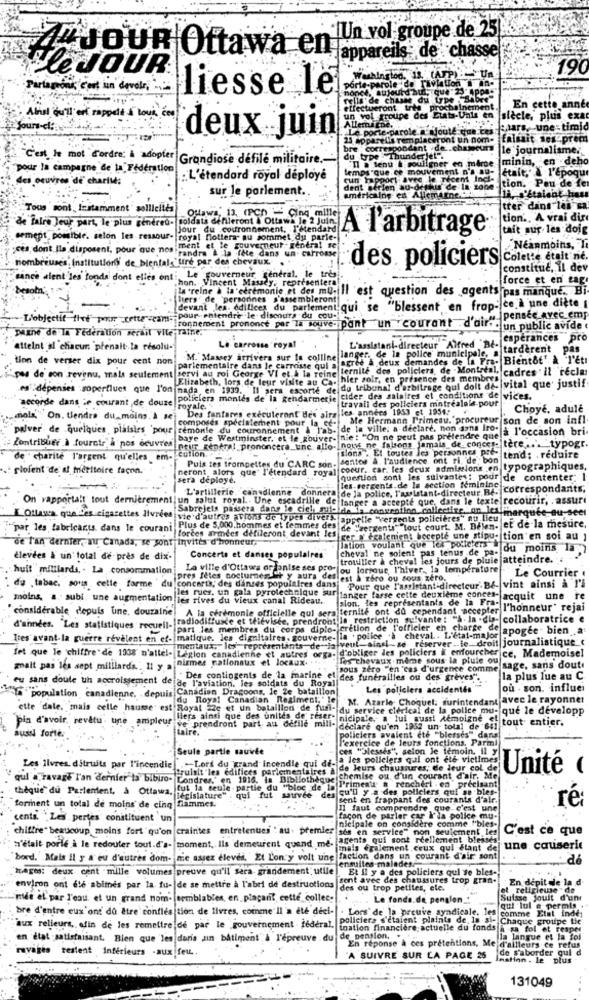
IUn vol groupe de 25
appareils: de chasse
"JOUR Oftawa en
Le JJOUR®
190
Washington. 13. (AFP) Un
Partageons C'est un devoir,
liesse le
net, aujourd'hui, que 23 4pon-
rella de chasse du LDe : Baby
ment
En cette anne
Ahol qu'il and rappelt is tous ces
un vol groupe des Eu
trectueront wer washin en siècle, plus exa
Jours-ci: .....
Allema che.
Le porte-parole. ajouté que ces
paars, une - timid
deux juin
23 apparelin remplaceront un nom-
falsait ser prec
bre correspondant de. chasseurs
le journalisme.
"C'est le mot d'ordre: à adopter Grandiose defile militaire.
du type "Thunderjet".
ouilgner en mårde
minin, en deho
pour la campagne de la Fédération
emps "que ce mouvement n'a au-
était," à l'époque
des oeuvres de charité:
: L'étendard royal déployé
cun rapport avec le rece
icent Incl-
tion. Peu de fe
sur le parlement ..
américaine en Allemagne ...
dent sérien au-dethis de la zone-
18.s'étaient hass
Tous sont , Instamment sollicités
Ottawa, 13. (PCn - Cinq mille
tter dans les sa
de faire leur part, le plus généreo- soldats défileront Ottawa le 2 Juin.
tion', A vrai dir
Jour du couronnement. I'Mendard
A l'arbitrage
tait sur les doig
semept possible. selon les ressour-
royal flottera- au sommet du parle-
;ces, dont Ils disposent, pour que nos ment et le gouverneur; rendra!
Néanmoins, Y
nombreuses, institutfory de bienfals"tire par des chevaux.
Fandra & la fete dans un. Carro
des policiers colette était ne
constitue, il dev
since alent les fonds dont elles ont: Le gouverneur general, le tre
hon. Vincent Massey. representera
force et en tag
besomni
In 'reine à la cérémonie et des mu- 1l
'est question des agents pas manque. Bi
Biers' de 'personnes s'assembleront
devant les. edilices du parlement qui se "blessent en frop- ce à une diète
L'objectif thet" por -rette ram- pour entendre"le discours du cou-
tonnement prononce per la souve- pant un courant d'ai s- Pensec avec em
paxne de In Federation serail vile raine."
iroc un public avide
L'assistant-directeur Alfred "DA. caperances pro
"atteint'sl 'chacun prenait la resolu-
Le carrosse royal
tardèrent
Pas
tion de verser dix pour cent non
.M. Massey arrivera sur le colline
agree à deux demandes de la Fra- Bientôt' à l'Eti
langer. de la police municipale, a
parlementaire dans le carrosse qui a
ternité des, policiers, de Montreal, cadres " il tecla:
yes de son revenu, mais seulement servi au roi George VI et à la reine
Elizabeth, lors de leur visite au Ca
hier soir, en présence des members
es :dépenses soperfives que l'on
nada en 1939. Il sera escorte del
du tribunal d'arbitrage qui doit de- vital que' justif
policiers montes de la gendarmerie
cider des salaires et conditions de vices.
travail des policiers mntrealale pour
accorde dans le courant de douze
royale.
Des fanfares executeront Bes alrs les années 1953 et 1954; *
Choyé, adulé
mols," On. tendre du moins. à sej
composes spécialement pour la ef- ble Hermann Primesu. procureur son de son infl
`palver' de quelques, plaisirs 'pour remonte du couronnement & T'as. de la ville: a declare. non asna for a l'occasion bri
baye de Westminster. et le gouver-nie: "On ne peut pas prétendre que
BUT REDATal prononcera, une allo- nous ne faisons jamais de. conces- tere ... "typogr.
Contribuer à fournir & nos ocuvres
sions . El toutes les personnes pre-
de " charité l'argent qu'elles em-
sentes A. l'audience ont ri, de'; bon
tend: . reduire
rlofent de st meritoire facon.
neront alors que" l'étendard royal
Puis tes trompettes du CARC son-
coeur, car les deux admissions en typographiques.
sera deploye.
[question sont les suivantes: pour de contenter: I
L'artillerie canadienne donnera de la police, l'assistant-directeur, BE-
les sergents.de la section féminine
correspondants;
On rapportalt tout dernièrement un salut royal .. Une escadrille de langer a accepté que, dans le texte recourir, . assure
Sabrejets passera dans le cich sulla is convention collective on Its marquée ou-seet
L'Ottawa quelles cigarettes Itvrees
vie d'autres ations de types divers
"appelle "vergents policières" au lieu
"par les fabricants, dans le courani
[forces armées défileront devant les
Plus de 5,000 hommes et femmes des
de "sergenti", "tout court. M. Dewen- et de la mesure.
de L'an dernier, au Canada, se sont invites d'honneur,
cer N' Ecalement bocepte une stipu- tion en sol au ;
lation voulant que les policiers
cheval ne soient pas tenus de pa-
du moins la
élevées & un total de près de dix-
Concerto et danses populaires
trouiller & cheval les jours de pluie |atteindre. .
huit milliards, . La consommation
La ville d'Ottawa or onise ses pro-
ou lorsque, l'hiver ., la température
Le Courrier .
pres fêtes nocturnes et y aura des est à zéro ou sous zero.
de . tabac, sous celle farme 'du concerta, des danses populaires dansi Pour que l'assistant directeur-B&- vint ainsi à l'i
les rues, un gala pyrotechnique sur
If langer fasse cette deuxième conces-
moins, a. subi une augmentation les rives du vieux canal Rideau.
slon, les représentants de la Fra-
"acquit une re
considerable depuis une, douzaine
A la cérémonie officielle qui sera ternité ont du cependant accepter
l'honneur" rejai
d'années. "Les statistiques recueil. |radiodiffuse et télévisée, prendront la restriction suivante: "à- la .die- collaboratrice e
part les membres du corps diplo- cretion de l'officier en charge del
apogee bien
Ites avant-la guerre révèlent en ef- matique. les dignitaires. gouverne- la . police .à cheval. . L'état-major
mentaux, les représentants de jalveul-ainsi -se réserver-le droit journalistique
fet que le chiffre de 1038 D'ailel- Legion canadienne et autres orga-
nismes nationaux et locaux.
d'obliger des policiers & enfourches ce, Mademoisel
les chevaux mime sous la pluie ou
mait pas les sept milliards .. Il y a
sous zéro "en "cas d'urgence comme
sage, sans doute
eu sans doute uh accroissement de de
de l'aviation. les soldats du Royal
" Des contingents de la marine el des funérailles ou des greves".
la plus lue au C
YA" "population canadienne. depuis Canadian Dragoons, le Ze bataillon
Les policiers accidentes
où . son. influen
du Royal Canadian Regiment,' le
M. Azarle Choquel. surintendant avec le rayonner
ette 'dale, "mais celle hausse est Royal Le et un bataillon de fuusi-
" du service clerical de la police mu- que le développ
pia d'avoir, revêtu: une ampleur bers ainsi que des unités de' reser-
ve prendront part au defile mili-
nicipale. a lui sussi demoigne e
jtout entier.
Buss forte:
declare qu'en 1952 un total de 641
policiers avaient été "blesses" dans
l'exercice de leurs fonctions. Parm
Seule partie sauvée
"blessés", selon le témoin, il y
Ja les pollelers qui ont ete victimes
Les ilvres ditruits par l'incendie ..- Lord du grand Incendie qui de-
Fruisit "les édifices parlementaires a de leurs chaussures, de leur col de
Unité
qui a ravage l'an dernier ta bibiro- Londres." en 1916, la Bibliothèque
chemise ou d'un courant d'air, Me
Primen'w a renchéri . en précisant
thèque du Parlentent, à Ottawa,
tut la seule partie du "bloc de la
su'll y a des policiers qui se bles
Legislature"
qui fut saurvee d
sent en frappant des courants d'air.
forment un total de moins de cinq flammes.
Il faut comprendre que c'est une
ré
cents Les pertes constituent un
facon de parler car I'la police mu
nicipale on considère comme "bles-
chiffre" beaucoup moins fort qu'on
craintes entretenues . au. premier ses en service" non seulement le
C'est ce que
agents qui sont réellement blesses
s'était porle à le redouter tout.d's- moment, Ils demeurent quand me-
mais également ceux qui flant de
une causerie
"bord.' Mais il y a eu d'autres dom- nie assez eleves, Et Lon'y volt une faction dans un courant d'air sont
ensuites-malades.
dé
Mages: deux cent mille volumes preuve qu'il sera- grandement; utile
Et il y a des policiers qui se bles-
sont avec des chaussures trop gran-
En depit de la d
environ ont été abitnes par la fu- de se mettre à l'abri de destructions
des ou trop petites, ele.
et religieuse - de
mide el par l'eau et un grand nom- semblables, en plaçant, cette collec-
.. . Le fonds.de penglen_"
Suisse Joult d'unt
bre d'entre eux'ont dû être confiés tion de livres, comme Il a été deel-
qui lui a permis
policiers s'étaient plaints de, la si- Chaque groupe tic
Lors' de la preuve syndicale. les comme Etat inder
aux relieurs, afin de les remettre de par le gouvernement federal.
ination financière actuelle du fonds a sa fol et reaper
en état -satisfaisant. Bien que les duria un bâtiment à l'épreuve du
de pension. .
la langue et la fol
ravages restent Inférieurs aux fel.
En réponse à ces prétentions, Me d'ailleurs ce refus
de s'aborder qui
"A SUIVRE SUR LA PAGE 25
mation. le plus
131049